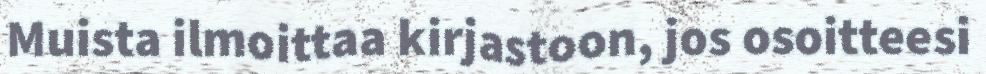
Muista ilmoittaa kirjastoon, jos osoitteesi